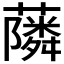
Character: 𮒧